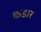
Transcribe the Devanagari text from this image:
कडार